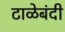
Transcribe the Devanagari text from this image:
टाळेबंदी